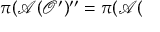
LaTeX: \pi ( \mathcal { A } ( \mathcal { O } ^ { \prime } ) ^ { \prime \prime } = \pi ( \mathcal { A } (